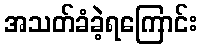
အသတ်ခံခဲ့ရကြောင်း